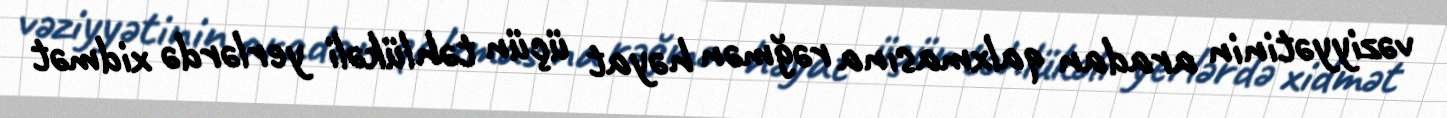
vəziyyətinin aradan qalxmasına rəğmən həyat üçün təhlükəli yerlərdə xidmət